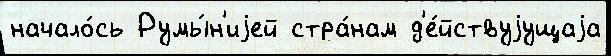
начало́сь Румы́н'иjей стра́нам д'е́йствуjущаjа